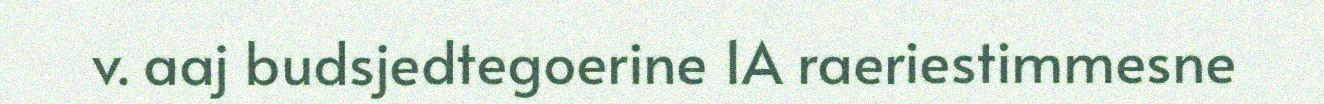
v. aaj budsjedtegoerine 1A raeriestimmesne